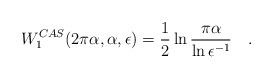
LaTeX: \begin{align*}W_1^{CAS}(2\pi\alpha,\alpha,\epsilon)=\frac 12\ln{\pi\alpha \over\ln\epsilon^{-1}}~~~.\end{align*}